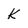
Character: k